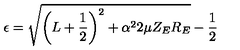
\epsilon = \sqrt { \left( L + \frac 1 2 \right) ^ { 2 } + \alpha ^ { 2 } 2 \mu Z _ { E } R _ { E } } - \frac 1 2